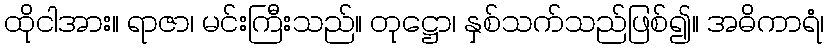
ထိုငါအား။ ရာဇာ၊ မင်းကြီးသည်။ တုဋ္ဌော၊ နှစ်သက်သည်ဖြစ်၍။ အဓိကာရံ၊